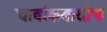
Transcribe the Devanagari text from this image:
चार्वाकवादीच